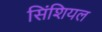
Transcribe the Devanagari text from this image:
सिंशियल